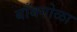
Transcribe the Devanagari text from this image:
बाँबगोळा